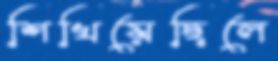
শিখিয়েছিলে